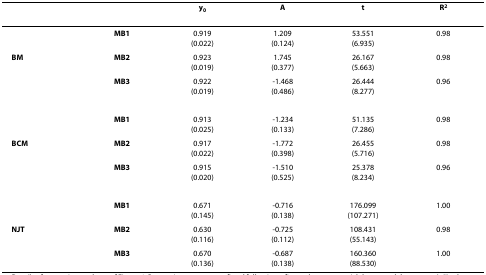
|  |  | y0 | A | t | R2 |
 | --- | --- | --- | --- | --- | --- |
 |  | MB1 | 0.919(0.022) | 1.209(0.124) | 53.551(6.935) | 0.98 |
 | BM | MB2 | 0.923(0.019) | 1.745(0.377) | 26.167(5.663) | 0.98 |
 |  | MB3 | 0.922(0.019) | -1.468(0.486) | 26.444(8.277) | 0.96 |
 |  | MB1 | 0.913(0.025) | -1.234(0.133) | 51.135(7.286) | 0.98 |
 | BCM | MB2 | 0.917(0.022) | -1.772(0.398) | 26.455(5.716) | 0.98 |
 |  | MB3 | 0.915(0.020) | -1.510(0.525) | 25.378(8.234) | 0.96 |
 |  | MB1 | 0.671(0.145) | -0.716(0.138) | 176.099(107.271) | 1.00 |
 | NJT | MB2 | 0.630(0.116) | -0.725(0.112) | 108.431(55.143) | 0.98 |
 |  | MB3 | 0.670(0.136) | -0.687(0.138) | 160.360(88.530) | 1.00 |